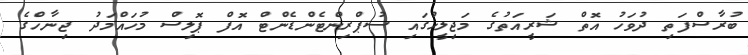
ބުރާސްފަތި ދުވަހު އޮތް ޝަރީއަތުގެ މަޖިލީހުގައި ސުޕްރިންޓެންޑެންޓް އޮފް ޕޮލިސް މުހައްމަދު ޖިނާހްގެ